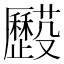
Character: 𠫌